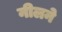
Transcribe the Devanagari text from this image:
नीलने